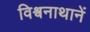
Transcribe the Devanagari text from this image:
विश्वनाथानें